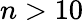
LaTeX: n>10